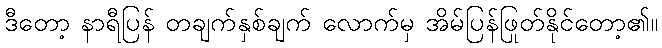
ဒီတော့ နာရီပြန် တချက်နှစ်ချက် လောက်မှ အိမ်ပြန်ဖြုတ်နိုင်တော့၏။